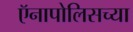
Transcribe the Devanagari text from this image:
ऍनापोलिसच्या